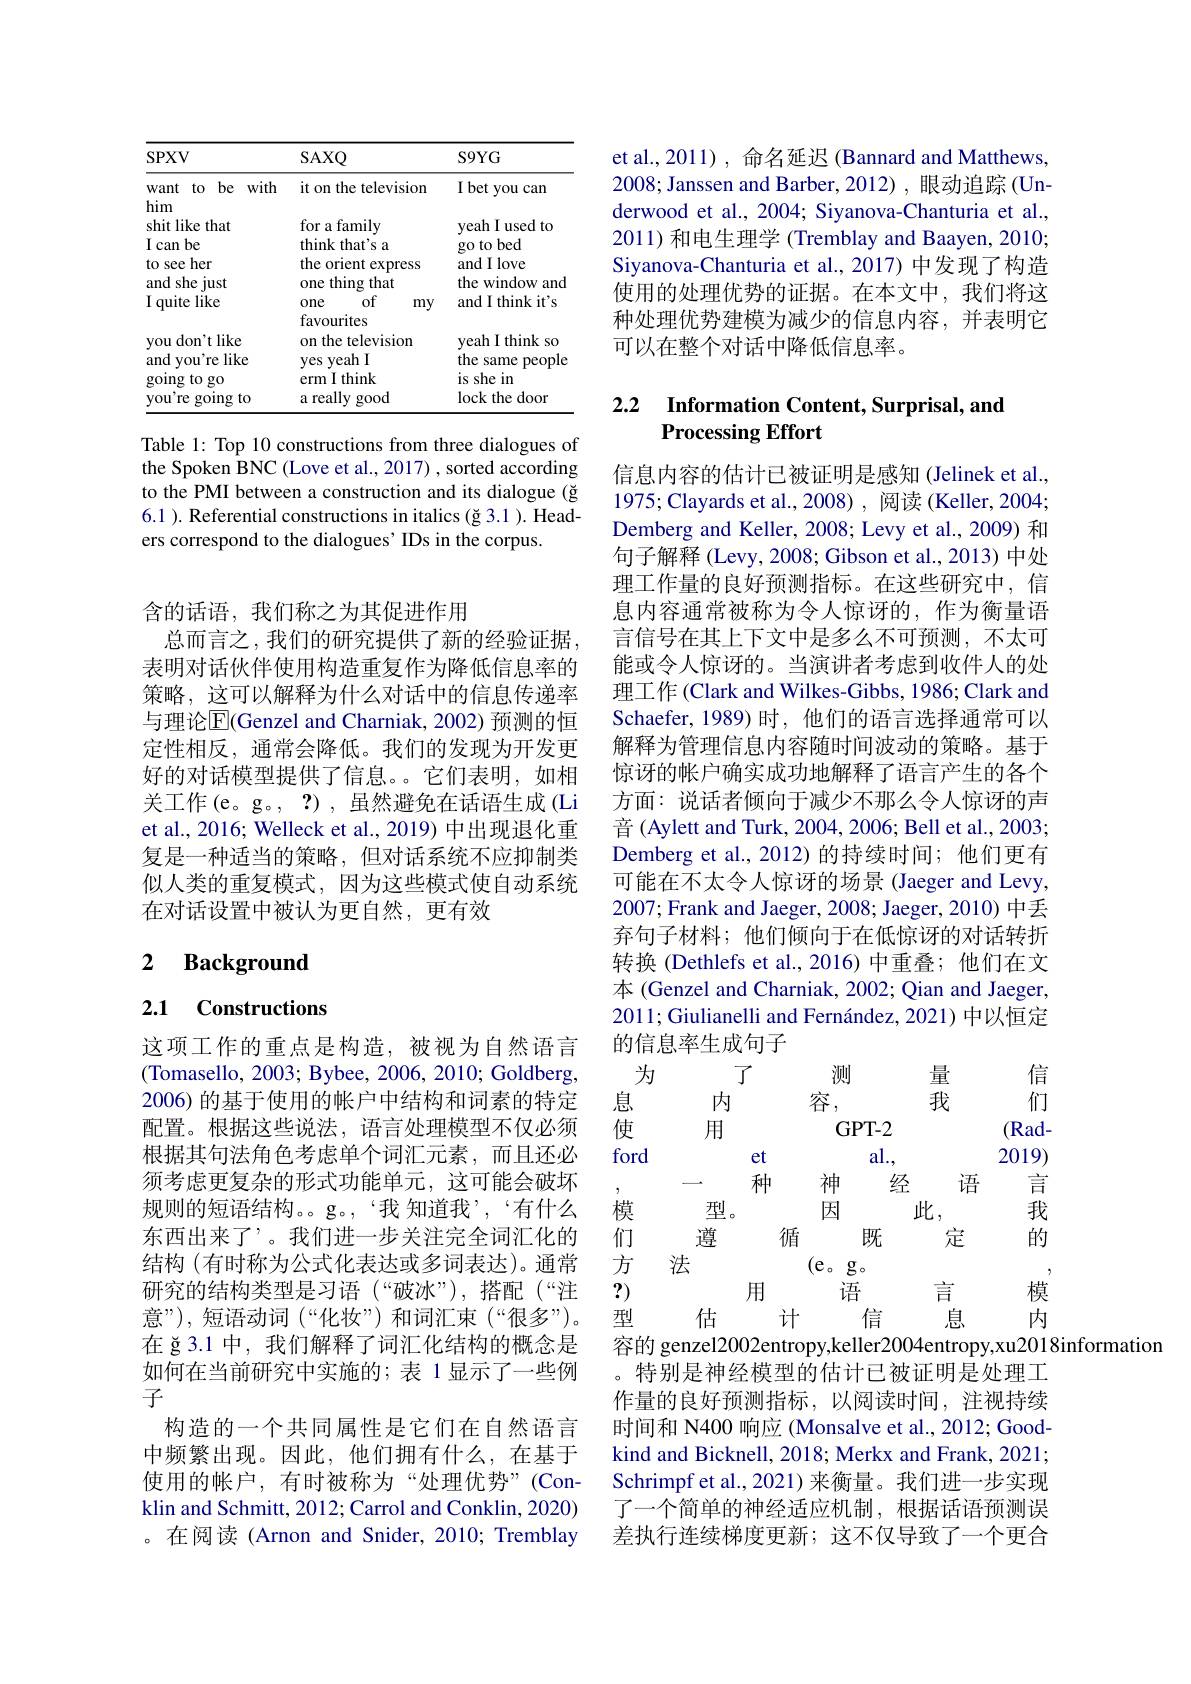
<table>
	<tbody>
		<tr>
			<th>SPXV</th>
			<th>SAXQ</th>
			<th>$S9YG$</th>
		</tr>
		<tr>
			<td>Want to be with</td>
			<td>ith it on the television</td>
			<td>I bet you can</td>
		</tr>
		<tr>
			<td>shit like that I can be to see her and she just I quite like you don't like</td>
			<td>for a family think that's a the orient express one t thing that of one my favourites on the television</td>
			<td>yeah I used to go to bed and I love the window and and I think it's veah I think $<so$</td>
		</tr>
		<tr>
			<td>you don t like and you're like 1 going to go you're going $\xi to$</td>
			<td>on the television yes veah l erm I think a really good</td>
			<td>yean I think so the same people is she in lock the door</td>
		</tr>
	</tbody>
</table>

Table 1: Top 10 constructions from three dialogues of the Spoken BNC (Love et al., 2017) , sorted according to the PMI between a construction and its dialogue (ğ 6.1 ). Referential constructions in italics (ğ 3.1 ). Headers correspond to the dialogues' IDs in the corpus.

含的话语，我们称之为其促进作用
总而言之，我们的研究提供了新的经验证据， 表明对话伙伴使用构造重复作为降低信息率的策略，这可以解释为什么对话中的信息传递率与理论$\overline{\mathrm{E}}($Genzel and Charniak, 2002) 预测的恒定性相反，通常会降低。我们的发现为开发更好的对话模型提供了信息。。它们表明，如相关工作(e。g。, ?),虽然避免在话语生成(Li et al., 2016; Welleck et al., 2019) 中出现退化重复是一种适当的策略，但对话系统不应抑制类似人类的重复模式，因为这些模式使自动系统在对话设置中被认为更自然，更有效

## 2 Background

# 2.1 Constructions

这项工作的重点是构造，被视为自然语言(Tomasello, 2003; Bybee, 2006, 2010; Goldberg, 2006) 的基于使用的帐户中结构和词素的特定配置。根据这些说法，语言处理模型不仅必须根据其句法角色考虑单个词汇元素，而且还必须考虑更复杂的形式功能单元，这可能会破坏规则的短语结构。。g。,‘我 知道我’,‘有什么东西出来了’。我们进一步关注完全词汇化的结构 (有时称为公式化表达或多词表达)。通常研究的结构类型是习语(“破冰”),搭配(“注意”),短语动词(“化妆”)和词汇束(“很多”)。在 ğ3.1 中，我们解释了词汇化结构的概念是如何在当前研究中实施的；表 1显示了一些例子
构造的一个共同属性是它们在自然语言中频繁出现。因此，他们拥有什么，在基于使用的帐户，有时被称为“处理优势”(Conklin and Schmitt, 2012; Carrol and Conklin, 2020) 。在阅读(Arnon and Snider, 2010; Tremblay

et al.,2011), 命名延迟 (Bannard and Matthews, 2008; Janssen and Barber, 2012) , 眼动追踪 (Underwood et al., 2004; Siyanova-Chanturia et al., 2011) 和电生理学 (Tremblay and Baayen, 2010; Siyanova-Chanturia et al., 2017) 中发现了构造使用的处理优势的证据。在本文中，我们将这种处理优势建模为减少的信息内容，并表明它可以在整个对话中降低信息率。

## 2.2 $\textbf{Information Content, Surprisal, and}$ Processing Effort

信息内容的估计已被证明是感知 (Jelinek et al., 1975; Clayards et al., 2008), 阅读 (Keller, 2004; Demberg and Keller, 2008; Levy et al., 2009) 和句子解释 (Levy, 2008; Gibson et al., 2013) 中处理工作量的良好预测指标。在这些研究中，信息内容通常被称为令人惊讶的，作为衡量语言信号在其上下文中是多么不可预测，不太可能或令人惊讶的。当演讲者考虑到收件人的处理工作 (Clark and Wilkes-Gibbs, 1986; Clark and Schaefer,1989)时，他们的语言选择通常可以解释为管理信息内容随时间波动的策略。基于惊讶的帐户确实成功地解释了语言产生的各个方面：说话者倾向于减少不那么令人惊讶的声音 (Aylett and Turk, 2004, 2006; Bell et al., 2003; Demberg et al.,2012)的持续时间；他们更有可能在不太令人惊讶的场景 (Jaeger and Levy, 2007; Frank and Jaeger, 2008; Jaeger, 2010) 中丢弃句子材料；他们倾向于在低惊讶的对话转折转换 (Dethlefs et al.,2016)中重叠；他们在文本 (Genzel and Charniak, 2002; Qian and Jaeger, 2011; Giulianelli and Fernández, 2021) 中以恒定的信息率生成句子
了
为
测
量
信
我
们
息
内
容，
用
GPT-2
使
(Rad-
ford
al.,
2019)
et 种
语
神
经
言
模
型。
因
我
此，
循
们
遵
既
定
的
方
法
(e。g。
?)
用
语
言
模
估
计
内
型
信
息
容的 genzel2002entropy,keller2004entropy,xu2018information
。特别是神经模型的估计已被证明是处理工作量的良好预测指标，以阅读时间，注视持续时间和 N400 响应 (Monsalve et al., 2012; Goodkind and Bicknell, 2018; Merkx and Frank, 2021; Schrimpf et al., 2021) 来衡量。我们进一步实现了一个简单的神经适应机制，根据话语预测误差执行连续梯度更新；这不仅导致了一个更合